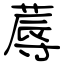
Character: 蓐